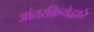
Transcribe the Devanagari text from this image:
आंतरक्रियेद्वारे